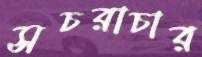
সচরাচার